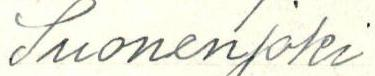
Suonenjoki